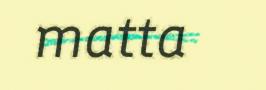
matta